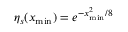
\eta _ { s } ( x _ { \mathrm { m i n } } ) = e ^ { - x _ { \mathrm { m i n } } ^ { 2 } / 8 }